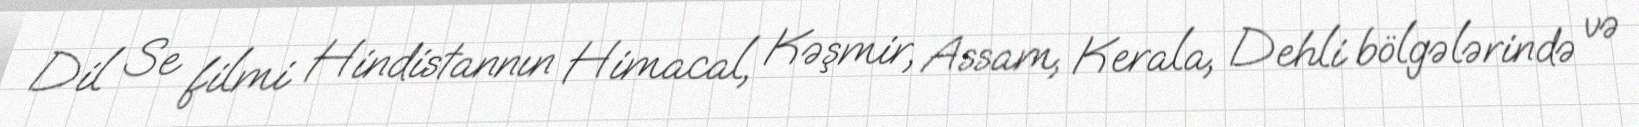
Dil Se filmi Hindistannın Himacal, Kəşmir, Assam, Kerala, Dehli bölgələrində və